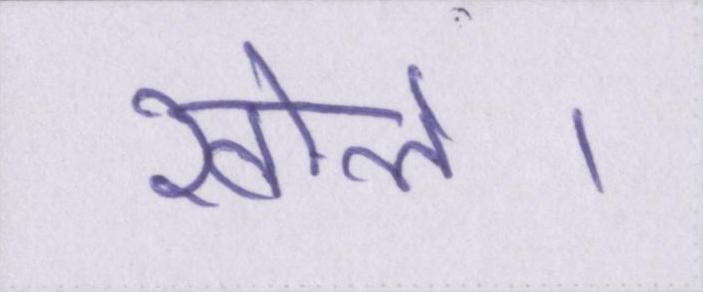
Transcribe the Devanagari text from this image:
खोले।